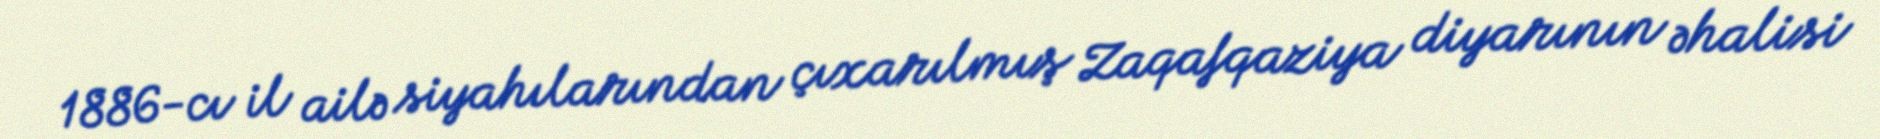
1886-cı il ailə siyahılarından çıxarılmış Zaqafqaziya diyarının əhalisi